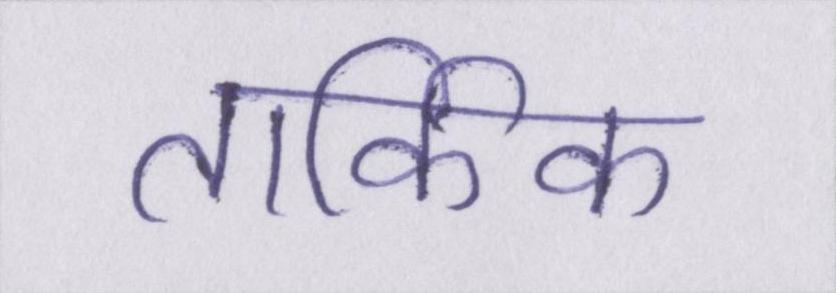
तार्किक